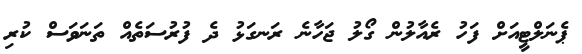
ޕެނަލްޓީއަށް ފަހު ރެއާލުން ގޯލު ޖަހާނެ ރަނގަޅު ދެ ފުރުސަތެއް ތަނަވަސް ކުރި